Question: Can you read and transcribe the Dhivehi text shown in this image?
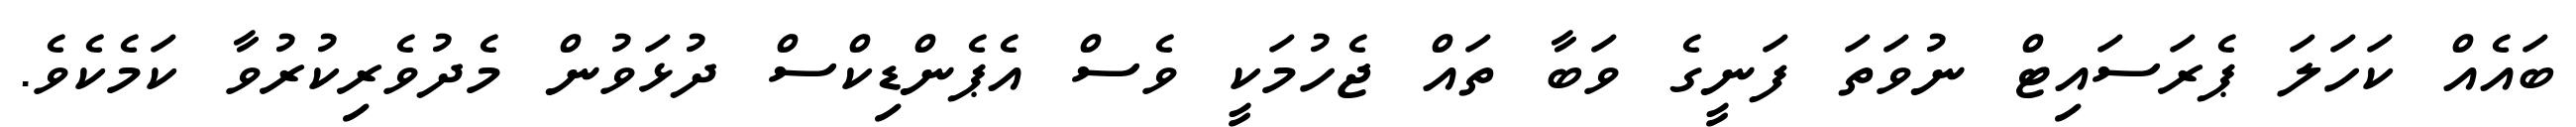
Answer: ބައެއް ކަހަލަ ޕެރަސައިޓް ނުވަތަ ފަނީގެ ވަބާ ތައް ޖެހުމަކީ ވެސް އެޕެންޑިކްސް ދުޅަވުން މެދުވެރިކުރުވާ ކަމެކެވެ.